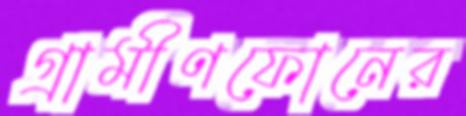
গ্রামীণফোনের